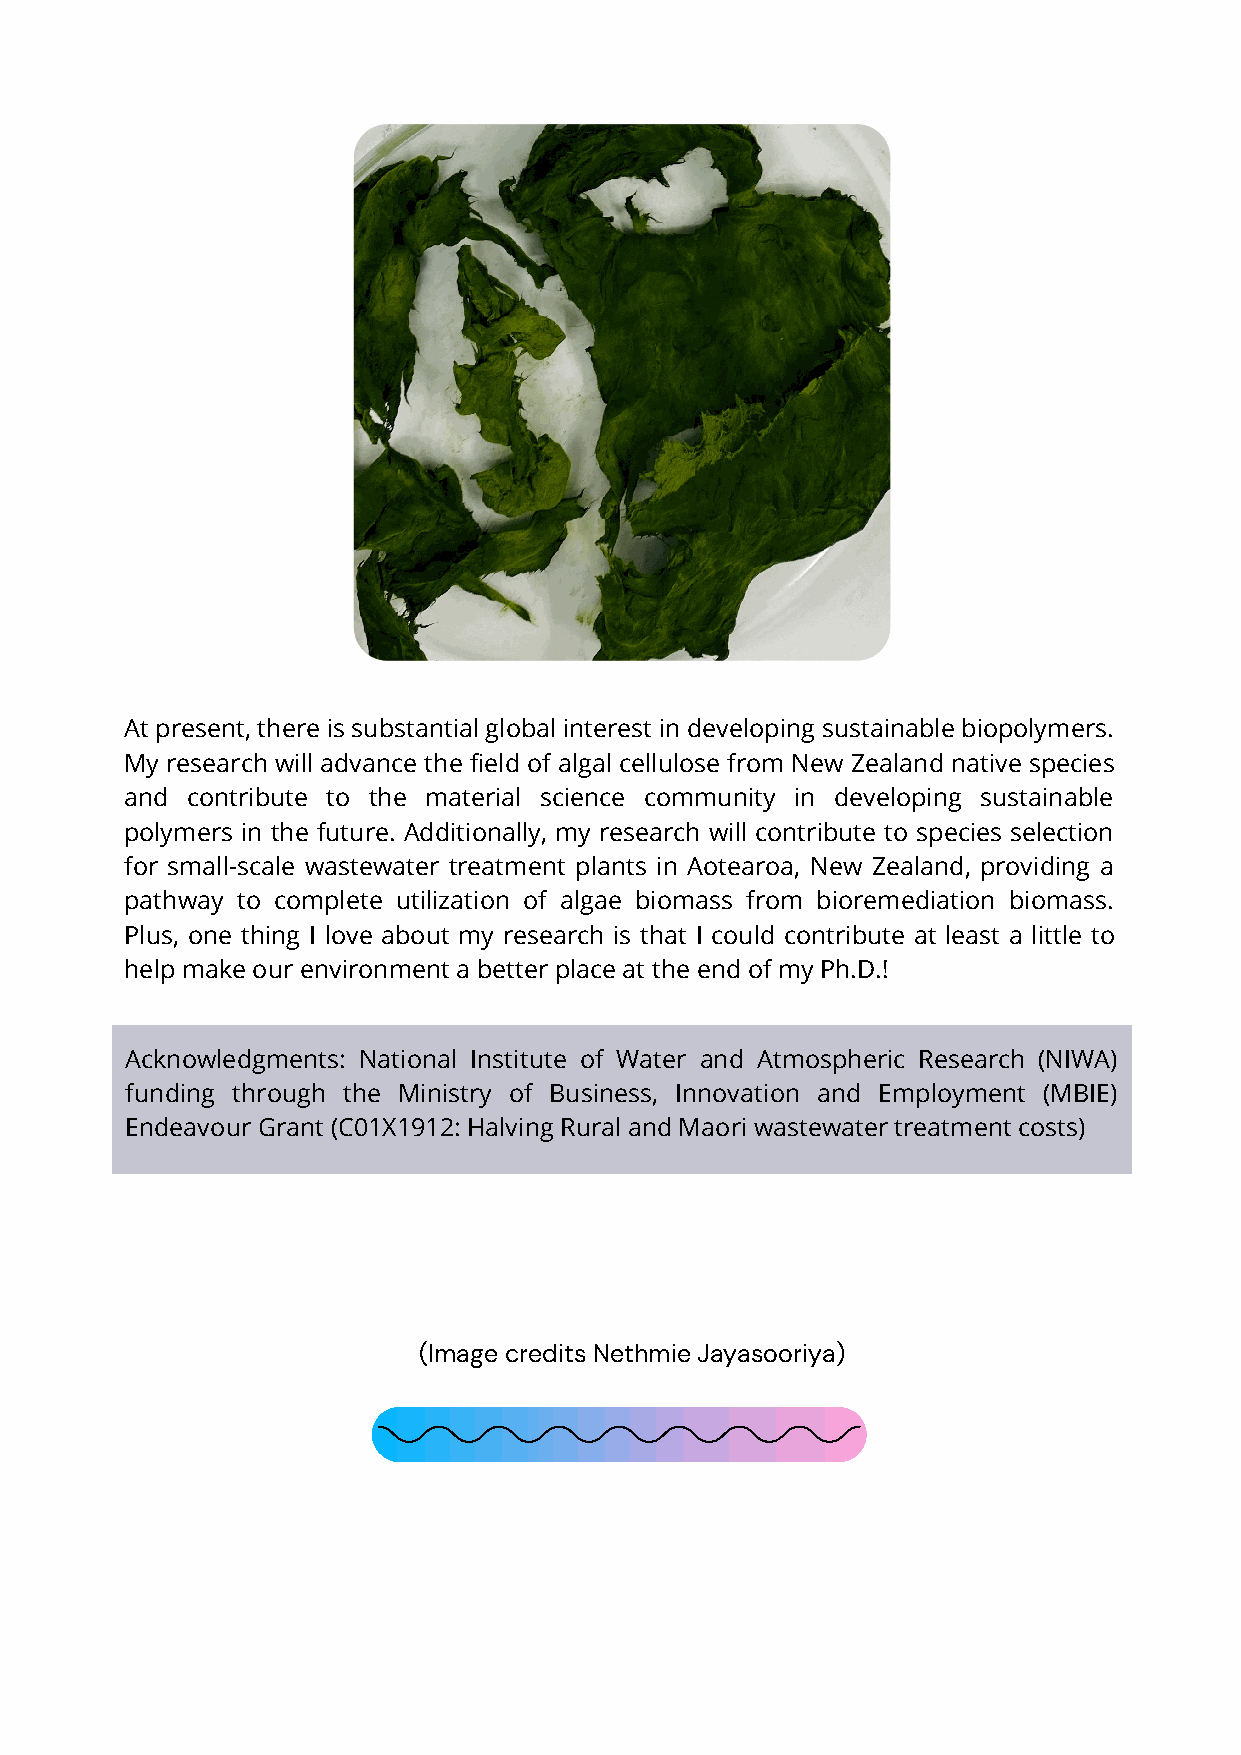
At present, there is substantial global interest in developing sustainable biopolymers.
 My research will advance the field of algal cellulose from New Zealand native species
 and contribute to the material science community in developing sustainable
 polymers in the future. Additionally, my research will contribute to species selection
 for small-scale wastewater treatment plants in Aotearoa, New Zealand, providing a
 pathway to complete utilization of algae biomass from bioremediation biomass.
 Plus, one thing I love about my research is that I could contribute at least a little to
 help make our environment a better place at the end of my Ph.D.!
 Acknowledgments: National Institute of Water and Atmospheric Research (NIWA)
 funding through the Ministry of Business, Innovation and Employment (MBIE)
 Endeavour Grant (C01X1912: Halving Rural and Maori wastewater treatment costs)
 (Image credits Nethmie Jayasooriya)